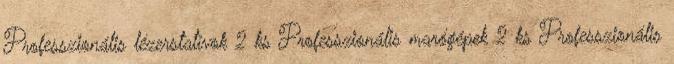
Professzionális lézerstatívok 2 ks Professzionális marógépek 2 ks Professzionális